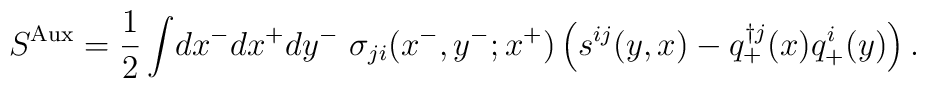
S^{\rm Aux}            =\frac{1}{2}\int\! dx^- dx^+ dy^-              ~\sigma _{ji}(x^-,y^-;x^+)               \left(s^{ij}(y,x)-q^{\dag j}_+ (x)q^i_+ (y)\right).